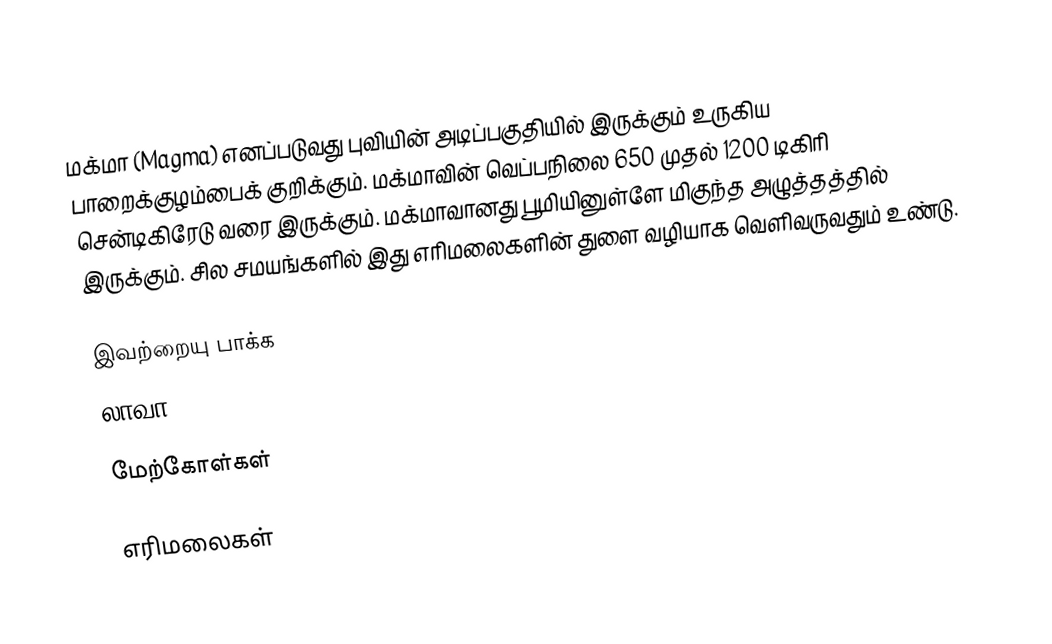
மக்மா (Magma) எனப்படுவது புவியின் அடிப்பகுதியில் இருக்கும் உருகிய பாறைக்குழம்பைக் குறிக்கும். மக்மாவின் வெப்பநிலை 650 முதல் 1200 டிகிரி சென்டிகிரேடு வரை இருக்கும். மக்மாவானது பூமியினுள்ளே மிகுந்த அழுத்தத்தில் இருக்கும். சில சமயங்களில் இது எரிமலைகளின் துளை வழியாக வெளிவருவதும் உண்டு.

இவற்றையு பாக்க
 லாவா

மேற்கோள்கள்

எரிமலைகள்